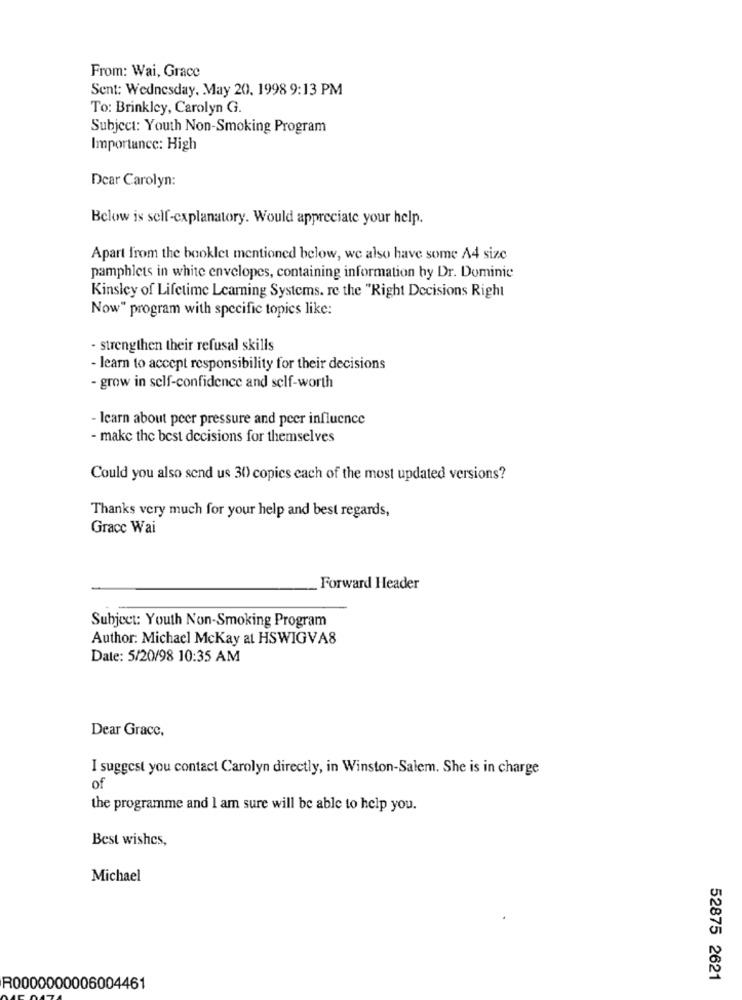
From: Wai, Grace
Sent: Wednesday, May 20. 1998 9:13 PM
To: Brinkley, Carolyn G.
Subject: Youth Non-Smoking Program
Importance: High
Dear Carolyn:
Below is self-explanatory. Would appreciate your help.
Apart from the booklet mentioned below, we also have some A4 size
pamphlets in white envelopes, containing information hy Dr. Dominic
Kinsley of Lifetime Learning Systems. re the "Right Decisions Right
Now" program with specific topics like:
- strengthen their refusal skills
- learn to accept responsibility for their decisions
- grow in self-confidence and self-worth
- Icarn about peer pressure and peer influence
- make the best decisions for themselves
Could you also send us 30) copies each of the most updated versions?
Thanks very much for your help and best regards,
Grace Wai
Forward Header
Subject: Youth Non-Smoking Program
Author: Michael McKay at HSWIGVA8
Date: 5/20/98 10:35 AM
Dear Grace,
I suggest you contact Carolyn directly, in Winston-Salem. She is in charge
of
the programme and I am sure will be able to help you.
Best wishes,
Michael
52875 2621
R0000000006004461